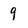
Character: 9